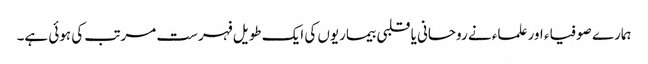
ہمارے صوفیاء اور علماء نے روحانی یا قلبی بیماریوں کی ایک طویل فہرست مرتب کی ہوئی ہے۔